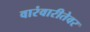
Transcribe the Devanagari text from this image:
वारंवारीतेवर